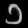
Digit: ၁